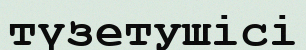
түзетушісі